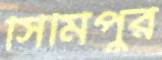
সিমিপুর